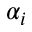
\alpha _ { i }